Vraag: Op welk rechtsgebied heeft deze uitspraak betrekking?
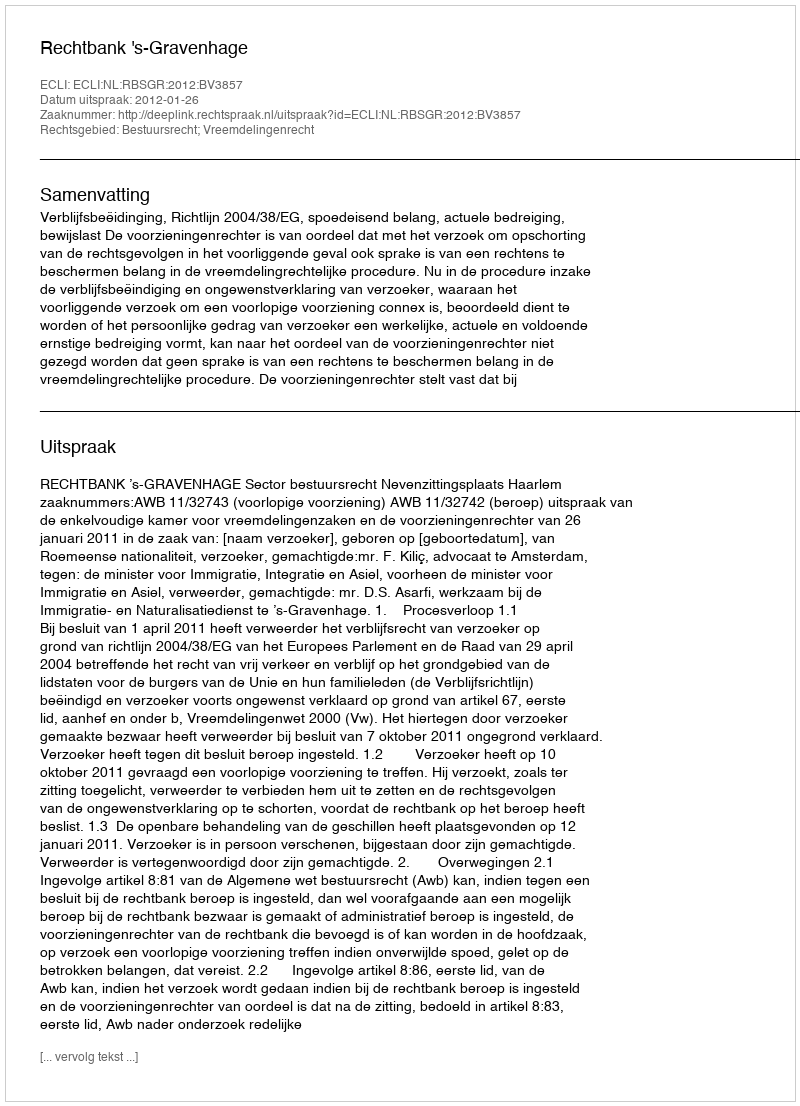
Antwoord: Bestuursrecht; Vreemdelingenrecht